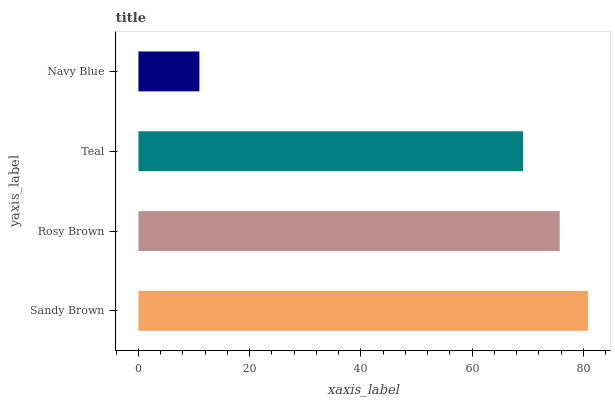
| yaxis_label | bars |
 | --- | --- |
 | Sandy Brown | 80.8 |
 | Rosy Brown | 75.7 |
 | Teal | 69.1 |
 | Navy Blue | 11 |